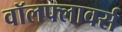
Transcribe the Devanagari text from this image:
वॉलफ्लावर्स